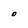
Character: O